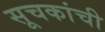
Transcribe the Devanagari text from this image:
सूचकांची